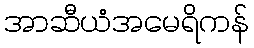
အာဆီယံအမေရိကန်